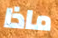
ماذا